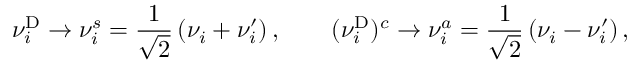
\nu _ { i } ^ { \mathrm { D } } \to \nu _ { i } ^ { s } = \frac { 1 } { \sqrt 2 } \left( \nu _ { i } + \nu _ { i } ^ { \prime } \right) , \qquad ( \nu _ { i } ^ { \mathrm { D } } ) ^ { c } \to \nu _ { i } ^ { a } = \frac { 1 } { \sqrt 2 } \left( \nu _ { i } - \nu _ { i } ^ { \prime } \right) ,